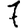
Digit: 7